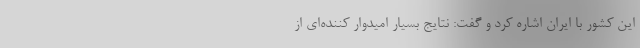
این کشور با ایران اشاره کرد و گفت: نتایج بسیار امیدوار کننده‌ای از